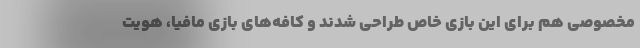
مخصوصی هم برای این بازی خاص طراحی شدند و کافه‌های بازی مافیا، هویت